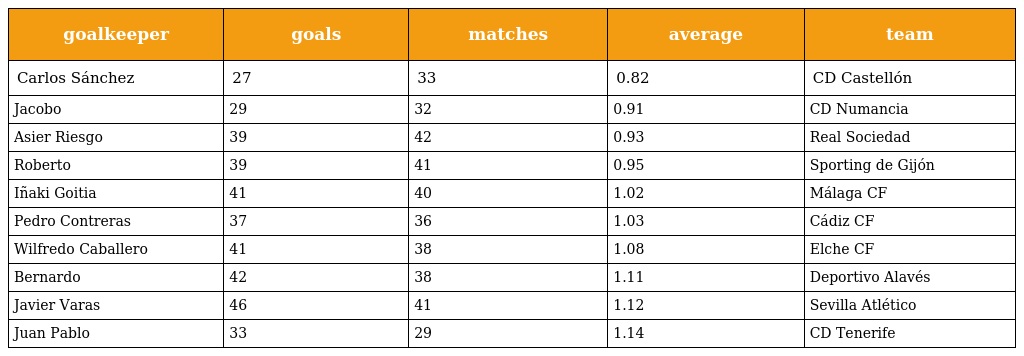
| goalkeeper | goals | matches | average | team |
 | --- | --- | --- | --- | --- |
 | Carlos Sánchez | 27 | 33 | 0.82 | CD Castellón |
 | Jacobo | 29 | 32 | 0.91 | CD Numancia |
 | Asier Riesgo | 39 | 42 | 0.93 | Real Sociedad |
 | Roberto | 39 | 41 | 0.95 | Sporting de Gijón |
 | Iñaki Goitia | 41 | 40 | 1.02 | Málaga CF |
 | Pedro Contreras | 37 | 36 | 1.03 | Cádiz CF |
 | Wilfredo Caballero | 41 | 38 | 1.08 | Elche CF |
 | Bernardo | 42 | 38 | 1.11 | Deportivo Alavés |
 | Javier Varas | 46 | 41 | 1.12 | Sevilla Atlético |
 | Juan Pablo | 33 | 29 | 1.14 | CD Tenerife |